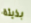
بذيئة